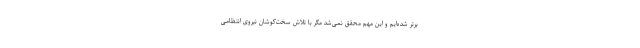
برتر شده‌ایم و این مهم محقق نمی‌شد مگر با تلاش سخت‌کوشان نیروی انتظامی